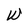
Character: W